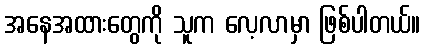
အနေအထားတွေကို သူက လေ့လာမှာ ဖြစ်ပါတယ်။